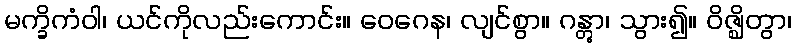
မက္ခိကံဝါ၊ ယင်ကိုလည်းကောင်း။ ဝေဂေန၊ လျင်စွာ။ ဂန္တွာ၊ သွား၍။ ဝိဇ္ဈိတွာ၊